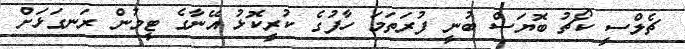
ޗެލްސީ ކޯޗު ބޮޔަސް ބުނީ ފުރަތަމަ ހާފުގެ ކުރީކޮޅު އޭނާގެ ޓީމުން ރަނގަޅަށް